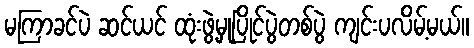
မကြာခင်ပဲ ဆင်ယင် ထုံးဖွဲ့မှုပြိုင်ပွဲတစ်ပွဲ ကျင်းပလိမ့်မယ်။